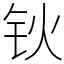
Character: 钬